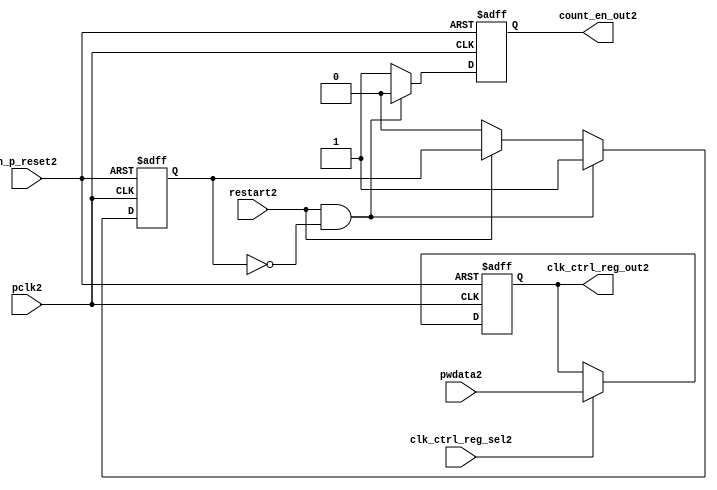
//File2 name   : ttc_count_rst_lite2.v
//Title2       : 
//Created2     : 1999
//Description2 : TTC2 counter reset block
//Notes2       : 
//----------------------------------------------------------------------
//   Copyright2 1999-2010 Cadence2 Design2 Systems2, Inc2.
//   All Rights2 Reserved2 Worldwide2
//
//   Licensed2 under the Apache2 License2, Version2 2.0 (the
//   "License2"); you may not use this file except2 in
//   compliance2 with the License2.  You may obtain2 a copy of
//   the License2 at
//
//       http2://www2.apache2.org2/licenses2/LICENSE2-2.0
//
//   Unless2 required2 by applicable2 law2 or agreed2 to in
//   writing, software2 distributed2 under the License2 is
//   distributed2 on an "AS2 IS2" BASIS2, WITHOUT2 WARRANTIES2 OR2
//   CONDITIONS2 OF2 ANY2 KIND2, either2 express2 or implied2.  See
//   the License2 for the specific2 language2 governing2
//   permissions2 and limitations2 under the License2.
//----------------------------------------------------------------------

module ttc_count_rst_lite2(

  //inputs2
  n_p_reset2,                             
  pclk2, 
  pwdata2,                                                           
  clk_ctrl_reg_sel2,
  restart2,        

  //outputs2
  count_en_out2,
  clk_ctrl_reg_out2

  );


//-----------------------------------------------------------------------------
// PORT DECLARATIONS2
//-----------------------------------------------------------------------------

   // inputs2
   input n_p_reset2;                 // Reset2 signal2
   input pclk2;                    // APB2 System2 clock2
   input [6:0] pwdata2;           // 7-Bit2 pwdata2 from APB2 interface
   input clk_ctrl_reg_sel2;        // Select2 for the clk_ctrl_reg2
   input restart2;                 // Restart2 reset from cntr_ctrl_reg2

   // outputs2
   output count_en_out2;
   output [6:0] clk_ctrl_reg_out2; // Controls2 clock2 selected


//-----------------------------------------------------------------------------
// Internal Signals2 & Registers2
//-----------------------------------------------------------------------------


   
   reg [6:0]    clk_ctrl_reg2;     //7-bit clock2 control2 register.
   
   reg          restart_var2;      //ensures2 prescaler2 reset at start of restart2 
   
   reg          count_en2;         //enable signal2 to counter

   
   wire [6:0]   clk_ctrl_reg_out2; //clock2 control2 output wire
   wire         count_en_out2;     //counter enable output
   
   
//-----------------------------------------------------------------------------
// Logic2 Section2:


//
//    p_clk_ctrl2: Process2 to implement the clk_ctrl_reg2.  
//                When2 select2 line is set then2 the data will be inserted2 to 
//                the clock2 control2 register, otherwise2 it will be equal2 to 
//                the previous value of the register, else it will be zero.
//-----------------------------------------------------------------------------

   assign clk_ctrl_reg_out2  = clk_ctrl_reg2;
   assign count_en_out2      = count_en2;


//    p_ps_counter2: counter for clock2 enable generation2.
   
   always @(posedge pclk2 or negedge n_p_reset2)
   begin: p_ps_counter2
      
      if (!n_p_reset2)
      begin
         restart_var2  <= 1'b0;
         count_en2     <= 1'b0;
      end
      else
      begin
         if (restart2 & ~restart_var2)
         begin
            restart_var2  <= 1'b1;
            count_en2     <= 1'b0;
         end 
         
         else 
           begin
              
              if (~restart2)
                 restart_var2 <= 1'b0;
              else
                 restart_var2 <= restart_var2;
                 
              count_en2     <= 1'b1;        
              
           end
      end // else: !if(!n_p_reset2)      
  
   end  //p_ps_counter2



// p_clk_ctrl2 : Process2 for writing to the clk_ctrl_reg2
   
   always @ (posedge pclk2 or negedge n_p_reset2)
   begin: p_clk_ctrl2
      
      if (!n_p_reset2)
         clk_ctrl_reg2 <= 7'h00;
      else
      begin 

         if (clk_ctrl_reg_sel2)
            clk_ctrl_reg2 <= pwdata2;
         else
            clk_ctrl_reg2 <= clk_ctrl_reg2;

      end 
      
   end  //p_clk_ctrl2

   
endmodule